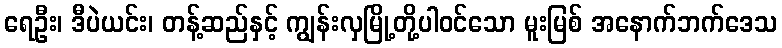
ရေဦး၊ ဒီပဲယင်း၊ တန့်ဆည်နှင့် ကျွန်းလှမြို့တို့ပါဝင်သော မူးမြစ် အနောက်ဘက်ဒေသ